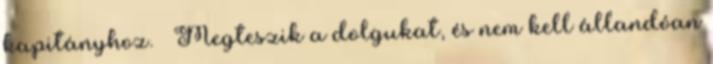
kapitányhoz. – Megteszik a dolgukat, és nem kell állandóan